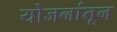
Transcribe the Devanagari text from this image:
योजनांतून